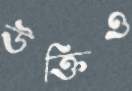
উক্তিও